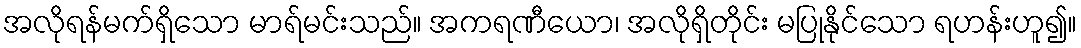
အလိုရန်မက်ရှိသော မာရ်မင်းသည်။ အကရဏီယော၊ အလိုရှိတိုင်း မပြုနိုင်သော ရဟန်းဟူ၍။